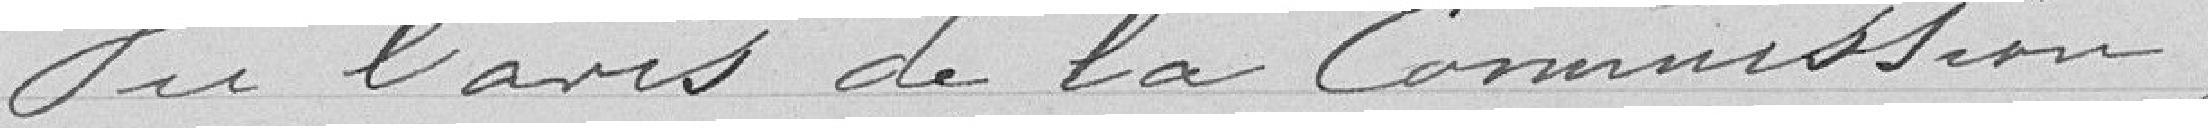
Vu l'avis de la Commission,